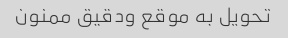
تحویل به موقع ودقیق ممنون